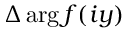
\Delta \arg f ( i y )